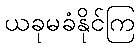
ယခုမခံနိုင်ကြ